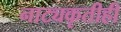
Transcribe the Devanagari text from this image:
नाट्यकृतीही